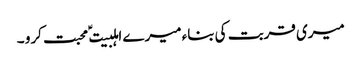
میری قربت کی بناء میرے اہلبیت ؑ محبت کرو ۔